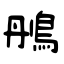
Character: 鴅